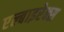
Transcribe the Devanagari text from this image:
एल्बाइरेक्स